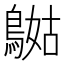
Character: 𪂯